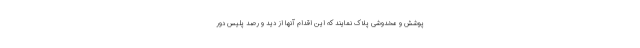
پوشش و مخدوشی پلاک نمایند که این اقدام آنها از دید و رصد پلیس دور